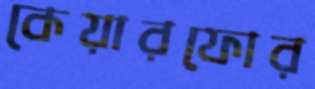
কেয়ারফোর